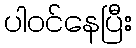
ပါဝင်နေပြီး